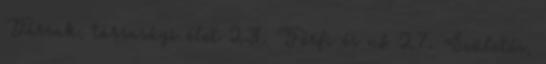
Társak, társasági élet 23. Férfi és nő 27. Születés,